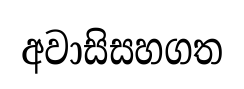
අවාසිසහගත